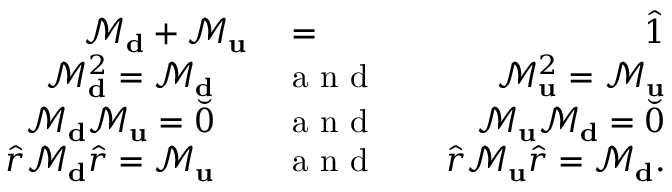
\begin{array} { r l r } { \mathcal { M } _ { \bf d } + \mathcal { M } _ { \bf u } } & { { } = } & { \hat { 1 } } \\ { \mathcal { M } _ { \bf d } ^ { 2 } = \mathcal { M } _ { \bf d } \quad } & { { } \mathrm { ~ a ~ n ~ d ~ } } & { \quad \mathcal { M } _ { \bf u } ^ { 2 } = \mathcal { M } _ { \bf u } } \\ { \mathcal { M } _ { \bf d } \mathcal { M } _ { \bf u } = \breve { 0 } \quad } & { { } \mathrm { ~ a ~ n ~ d ~ } } & { \quad \mathcal { M } _ { \bf u } \mathcal { M } _ { \bf d } = \breve { 0 } } \\ { \hat { r } \mathcal { M } _ { \bf d } \hat { r } = \mathcal { M } _ { \bf u } \quad } & { { } \mathrm { ~ a ~ n ~ d ~ } } & { \quad \hat { r } \mathcal { M } _ { \bf u } \hat { r } = \mathcal { M } _ { \bf d } . } \end{array}